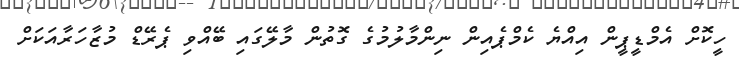
ހީކޮށް އެމްޑީޕީން އިއްޔެ ކެމްޕެއިން ނިންމާލުމުގެ ގޮތުން މާލޭގައި ބޭއްވި ޕެރޭޑް މުޒާހަރާއަކަށް